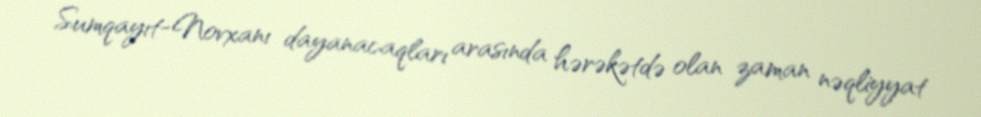
Sumqayıt-Novxanı dayanacaqları arasında hərəkətdə olan zaman nəqliyyat